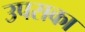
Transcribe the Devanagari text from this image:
उपसका